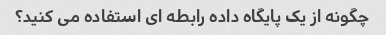
چگونه از یک پایگاه داده رابطه ای استفاده می کنید؟